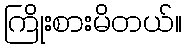
ကြိုးစားမိတယ်။